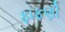
ફાફણી